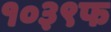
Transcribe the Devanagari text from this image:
१०३९फ